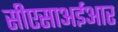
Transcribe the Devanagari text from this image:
सीएसाअईआर